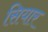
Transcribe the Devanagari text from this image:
सियार